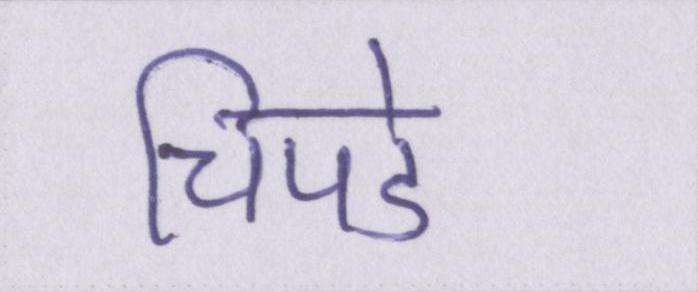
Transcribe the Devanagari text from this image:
चिपडे